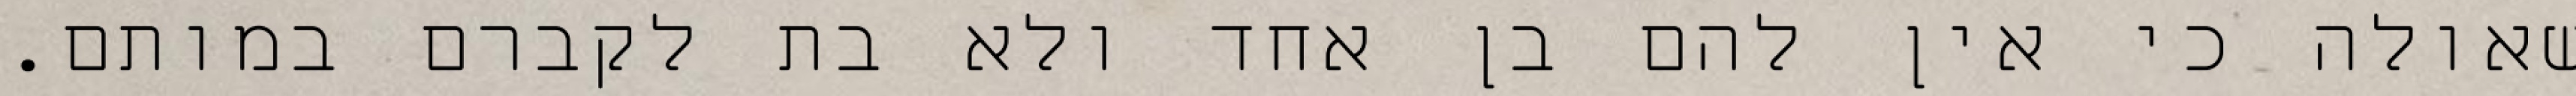
שאולה כי אין להם בן אחד ולא בת לקברם במותם.